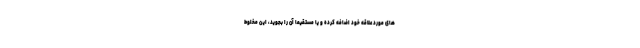
های مورد علاقه خود اضافه کرده و یا مستقیماً آن را بجوید، این مخلوط